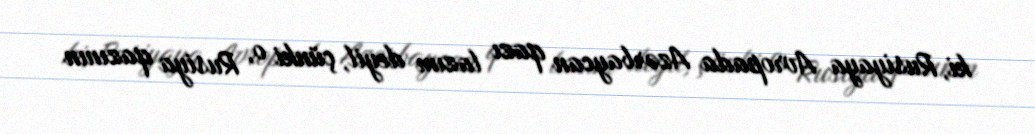
ki, Rusiyaya Avropada Azərbaycan qazı lazım deyil, çünki o, Rusiya qazının